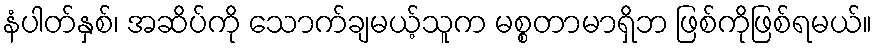
နံပါတ်နှစ်၊ အဆိပ်ကို သောက်ချမယ့်သူက မစ္စတာမာရှိဘ ဖြစ်ကိုဖြစ်ရမယ်။